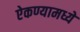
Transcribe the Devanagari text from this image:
ऐकण्यामध्ये